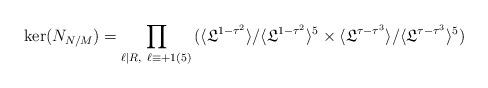
LaTeX: \begin{align*}\ker(N_{N/M})=\prod_{\ell\mid R,\ \ell\equiv +1(5)}\,(\langle\mathfrak{L}^{1-\tau^2}\rangle/\langle\mathfrak{L}^{1-\tau^2}\rangle^5\times\langle\mathfrak{L}^{\tau-\tau^3}\rangle/\langle\mathfrak{L}^{\tau-\tau^3}\rangle^5)\end{align*}